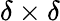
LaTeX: \delta\times\delta